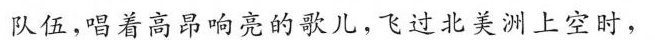
队伍，唱着高昂响亮的歌儿，飞过北美洲上空时，